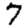
Digit: 7